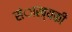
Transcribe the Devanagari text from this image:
संाख्यकी